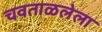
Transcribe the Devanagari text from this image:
चवताळलेला